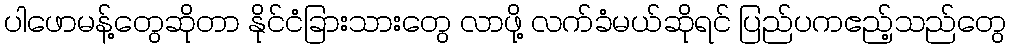
ပါဖောမန့်တွေဆိုတာ နိုင်ငံခြားသားတွေ လာဖို့ လက်ခံမယ်ဆိုရင် ပြည်ပကဧည့်သည်တွေ